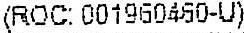
(ROC:001960460-U)